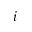
i